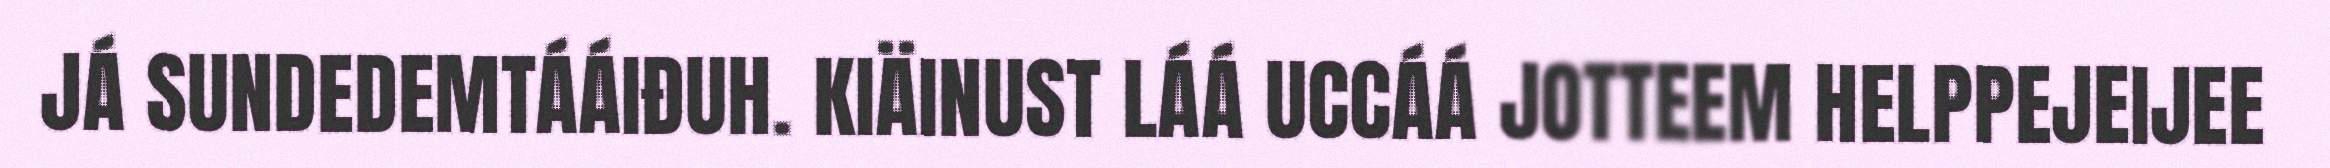
JÁ SUNDEDEMTÁÁIĐUH. KIÄINUST LÁÁ UCCÁÁ JOTTEEM HELPPEJEIJEE